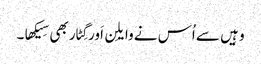
وہِیں سے اُس نے وایلِن اَور گِٹار بھی سِیکھا۔